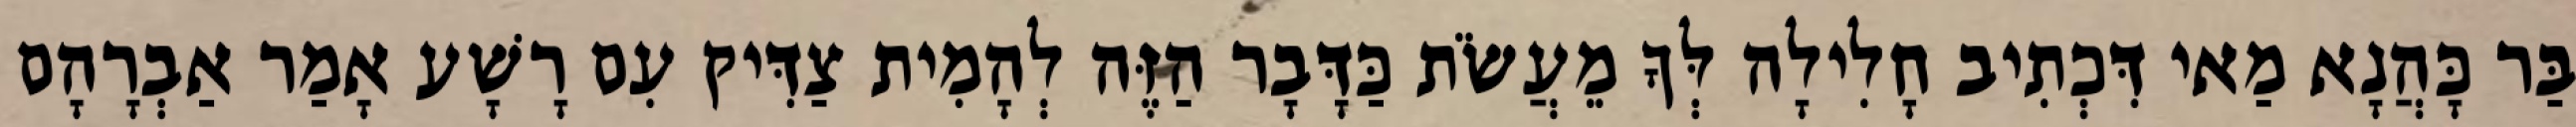
בַּר כָּהֲנָא מַאי דִּכְתִיב חָלִילָה לְּךָ מֵעֲשֹׂת כַּדָּבָר הַזֶּה לְהָמִית צַדִּיק עִם רָשָׁע אָמַר אַבְרָהָם